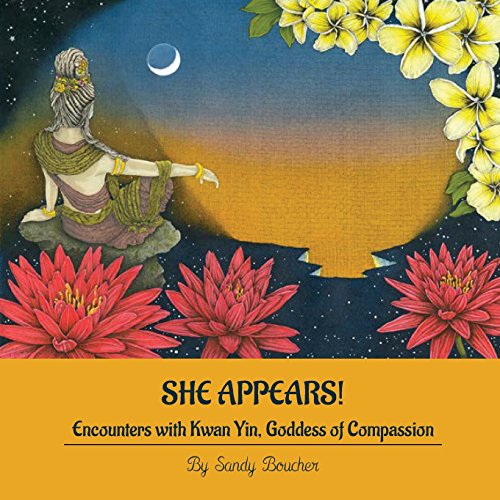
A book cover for She Appears! Encounters with Kwan Yin, Goddess of Compassion; Sandy Boucher; Religion & Spirituality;